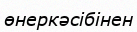
өнеркәсібінен